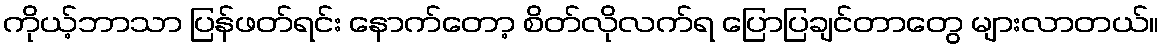
ကိုယ့်ဘာသာ ပြန်ဖတ်ရင်း နောက်တော့ စိတ်လိုလက်ရ ပြောပြချင်တာတွေ များလာတယ်။